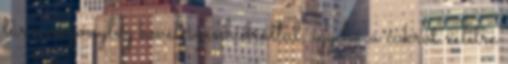
túró viszonylag kevés szénhidráttal, így ha a cukrot xilitre